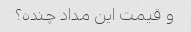
و قیمت این مداد چنده؟